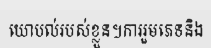
យោបល់របស់ខ្លួន។ការរួមភេទនិង